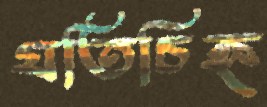
যতিচিহ্ন